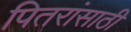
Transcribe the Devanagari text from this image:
पितरांसाठी